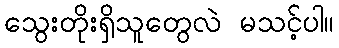
သွေးတိုးရှိသူတွေလဲ မသင့်ပါ။